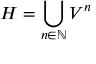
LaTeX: H = \bigcup _ { n \in \mathbb { N } } V ^ { n }